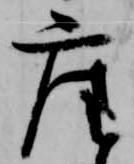
座